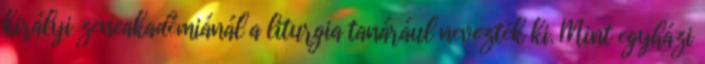
királyi zeneakadémiánál a liturgia tanárául nevezték ki. Mint egyházi